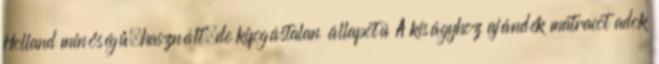
Holland minőségű,használt,de kifogástalan állapotú A kiságyhoz ajándék matracot adok